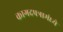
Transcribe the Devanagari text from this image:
कागदपत्रामंध्ये